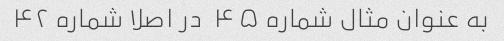
به عنوان مثال شماره ۴۵  در اصلا شماره ۴۲